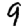
Digit: 9